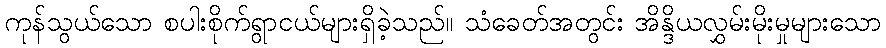
ကုန်သွယ်သော စပါးစိုက်ရွာငယ်များရှိခဲ့သည်။ သံခေတ်အတွင်း အိန္ဒိယလွှမ်းမိုးမှုများသော